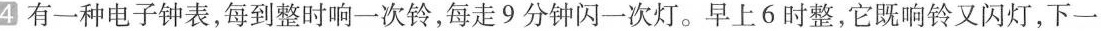
4有一种电子钟表，每到整时响一次铃，每走9分钟闪一次灯。早上6时整，它既响铃又闪灯，下一